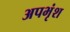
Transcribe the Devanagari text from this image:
अपभृंश